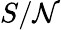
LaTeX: S/\mathcal{N}